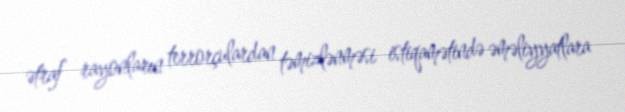
ətraf rayonların terrorçulardan təmizlənməsi istiqamətində əməliyyatlara